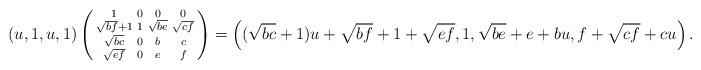
LaTeX: \begin{align*} (u,1,u,1) \left( \begin{smallmatrix}1&0&0&0\\\sqrt{bf}+1&1&\sqrt{be}&\sqrt{cf}\\\sqrt{bc}&0&b&c\\\sqrt{ef}&0&e&f\end{smallmatrix} \right) & = \left( (\sqrt{bc}+1)u + \sqrt{bf} +1 + \sqrt{ef}, 1, \sqrt{be} + e + bu, f + \sqrt{cf} + cu \right).\end{align*}